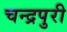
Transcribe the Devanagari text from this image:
चन्द्रपुरी